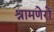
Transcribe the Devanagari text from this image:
श्रामणेरो